Development of the Leishman-Donovan parasite in Cimex rotundatus - Number 31
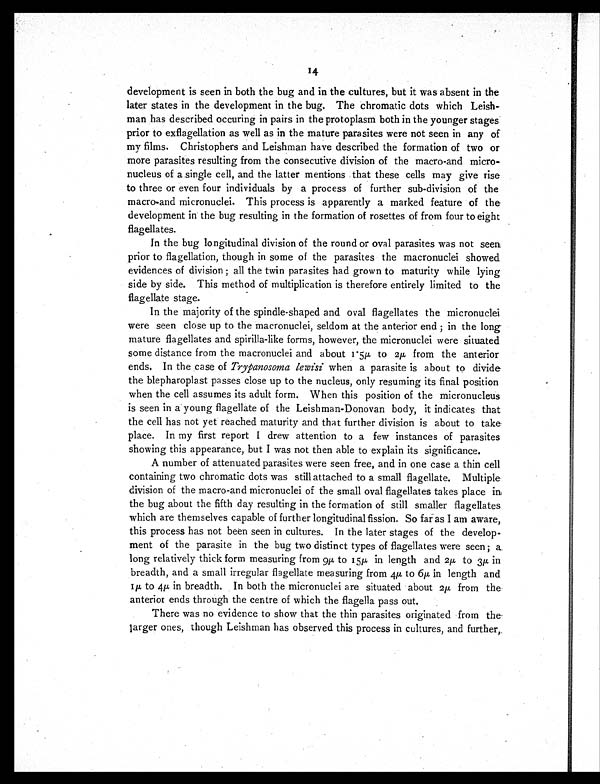
14
development is seen in both the bug and in the cultures, but it was absent in the
later states in the development in the bug. The chromatic dots which Leish-
man has described occuring in pairs in the protoplasm both in the younger stages
prior to exflagellation as well as in the mature parasites were not seen in any of
my films. Christophers and Leishman have described the formation of two or
more parasites resulting from the consecutive division of the macro-and micro-
nucleus of a single cell, and the latter mentions that these cells may give rise
to three or even four individuals by a process of further sub-division of the
macro-and micronuclei. This process is apparently a marked feature of the
development in the bug resulting in the formation of rosettes of from four to eight
flagellates.
In the bug longitudinal division of the round or oval parasites was not seen
prior to flagellation, though in some of the parasites the macronuclei showed
evidences of division; all the twin parasites had grown to maturity while lying
side by side. This method of multiplication is therefore entirely limited to the
flagellate stage.
In the majority of the spindle-shaped and oval flagellates the micronuclei
were seen close up to the macronuclei, seldom at the anterior end; in the long
mature flagellates and spirilla-like forms, however, the micronuclei were situated
some distance from the macronuclei and about 1 . 5µ to 2µ from the anterior
ends. In the case of Trypanosoma lewisi when a parasite is about to divide
the blepharoplast passes close up to the nucleus, only resuming its final position
when the cell assumes its adult form. When this position of the micronucleus
is seen in a young flagellate of the Leishman-Donovan body, it indicates that
the cell has not yet reached maturity and that further division is about to take
place. In my first report I drew attention to a few instances of parasites
showing this appearance, but I was not then able to explain its significance.
A number of attenuated parasites were seen free, and in one case a thin cell
containing two chromatic dots was still attached to a small flagellate. Multiple
division of the macro-and micronuclei of the small oval flagellates takes place in
the bug about the fifth day resulting in the formation of still smaller flagellates
which are themselves capable of further longitudinal fission. So far as I am aware,
this process has not been seen in cultures. In the later stages of the develop-
ment of the parasite in the bug two distinct types of flagellates were seen; a
long relatively thick form measuring from 9µ to 15µ in length and 2µ to 3µ in
breadth, and a small irregular flagellate measuring from 4µ to 6µ in length and
1µ to 4µ in breadth. In both the micronuclei are situated about 2µ from the
anterior ends through the centre of which the flagella pass out.
There was no evidence to show that the thin parasites originated from the
larger ones, though Leishman has observed this process in cultures, and further,